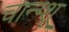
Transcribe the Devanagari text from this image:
चान्ग्शू